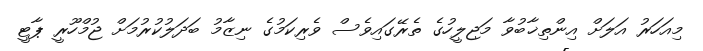
މިއަހަރު އަލަށް އިންތިޚާބުވާ މަޖިލީހުގެ ތެރޭގައިވެސް ވެރިކަމުގެ ނިޒާމު ބަދަލުކުރުމަށް ޖުމްހޫރީ ޕާޓީ